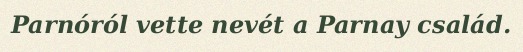
Parnóról vette nevét a Parnay család.